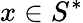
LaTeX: x\in S^{*}